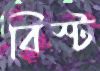
বিস্ট